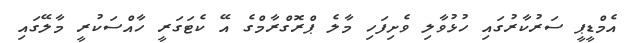
އެމްޑީޕީ ސަރުކާރުގައި ހުޅުވާލި ވެށިފަހި މާލެ ޕްރޮގްރާމްގެ އޭ ކެޓަގަރީ ހާއްސަކުރީ މާލޭގައި